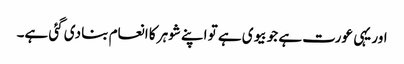
اور یہی عورت ہے جو بیوی ہے تو اپنے شوہر کا انعام بنا دی گئی ہے۔